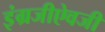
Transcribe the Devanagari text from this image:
इंग्रजीऐवजी